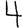
Digit: 4